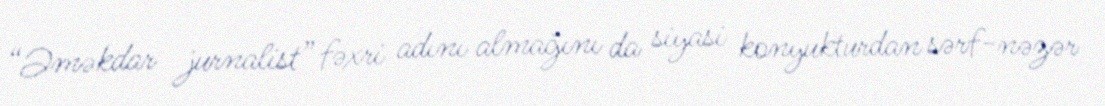
“Əməkdar jurnalist” fəxri adını almağını da siyasi konyukturdan sərf-nəzər